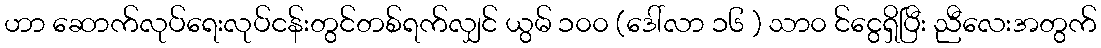
ဟာ ဆောက်လုပ်ရေးလုပ်ငန်းတွင်တစ်ရက်လျှင် ယွမ် ၁၀၀ (ဒေါ်လာ ၁၆ ) သာ၀ င်ငွေရှိပြီး ညီလေးအတွက်